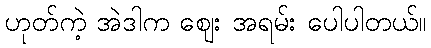
ဟုတ်ကဲ့ အဲဒါက ဈေး အရမ်း ပေါပါတယ်။